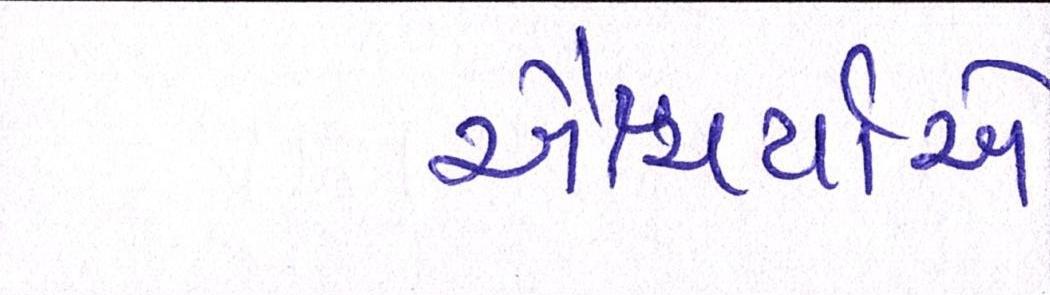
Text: ઐશ્વર્યાએ